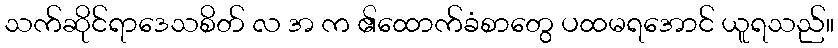
သက်ဆိုင်ရာဒေသစိတ် လ အ က ၏ထောက်ခံစာတွေ ပထမရအောင် ယူရသည်။